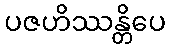
ပဇဟိဿန္တိပေ